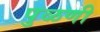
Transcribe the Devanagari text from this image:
पुळणी